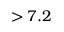
> 7 . 2